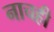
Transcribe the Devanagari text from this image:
नाचही